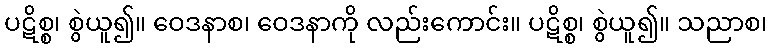
ပဋိစ္စ၊ စွဲယူ၍။ ဝေဒနာစ၊ ဝေဒနာကို လည်းကောင်း။ ပဋိစ္စ၊ စွဲယူ၍။ သညာစ၊